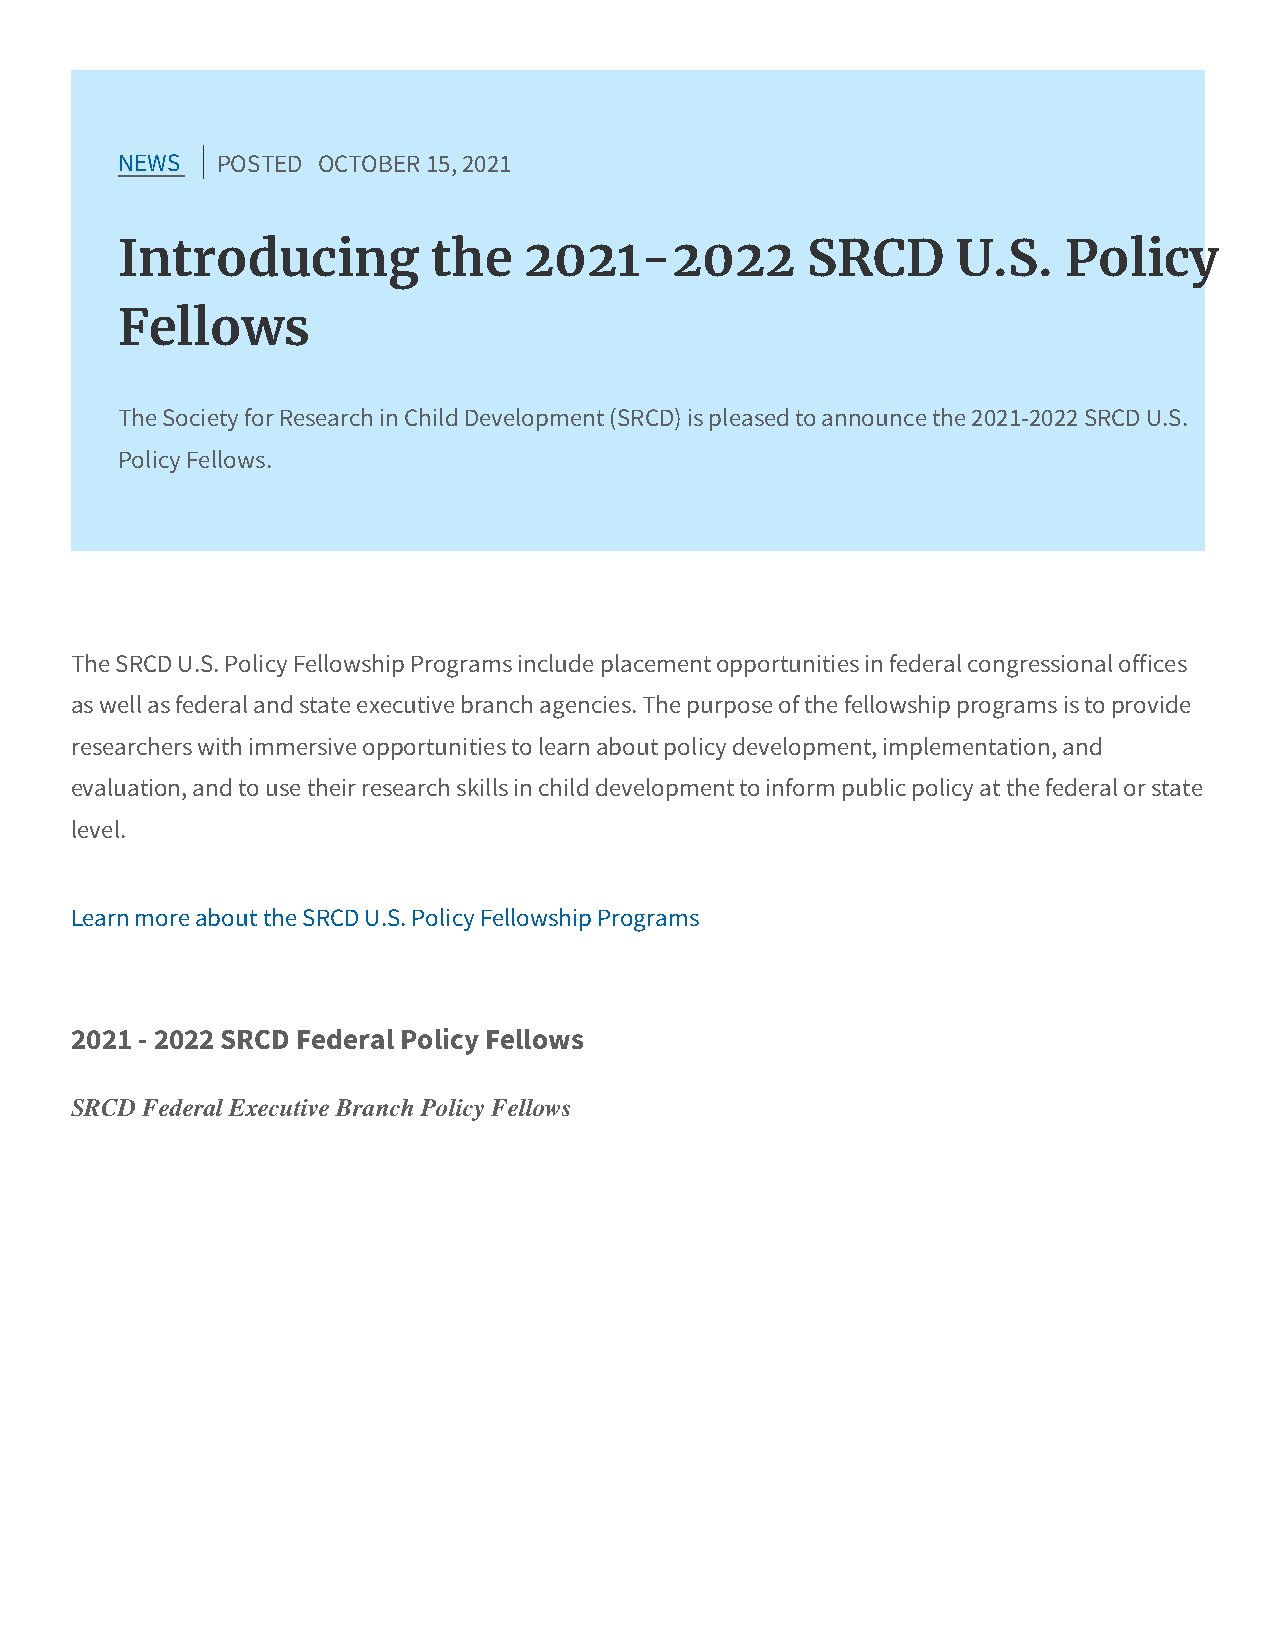
NEWS  POSTED OCTOBER 15, 2021
 Introducing          the   2021-2022         SRCD      U.S.    Policy
 Fellows
 The Society for Research in Child Development (SRCD) is pleased to announce the 2021-2022 SRCD U.S.
 Policy Fellows.
 The SRCD U.S. Policy Fellowship Programs include placement opportunities in federal congressional offices
 as well as federal and state executive branch agencies. The purpose of the fellowship programs is to provide
 researchers with immersive opportunities to learn about policy development, implementation, and
 evaluation, and to use their research skills in child development to inform public policy at the federal or state
 level.
 Learn more about the SRCD U.S. Policy Fellowship Programs
 2021 - 2022 SRCD Federal Policy Fellows
 SRCD Federal Executive Branch Policy Fellows